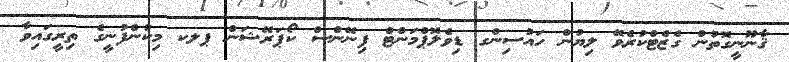
ޤާނޫނީގޮތުން ގެޒެޓްކުރެވޭ ލިޔުން ހައުސިންގ ޑިވެލޮޕްމަންޓް ފިނޭންސް ކޯޕަރޭޝަން ޕލކ މިކުންފުނީގެ ތިރީގައިވާ